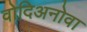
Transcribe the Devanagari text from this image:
वोदिअनोवा